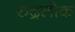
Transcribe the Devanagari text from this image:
रुद्रलोक